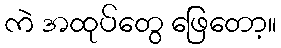
ကဲ အထုပ်တွေ ဖြေတော့။